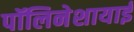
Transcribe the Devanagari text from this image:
पॉलिनेशायाई